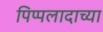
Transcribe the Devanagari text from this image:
पिप्पलादाच्या